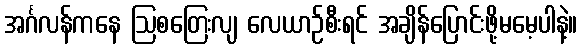
အင်္ဂလန်ကနေ ဩစတြေးလျ လေယာဉ်စီးရင် အချိန်ပြောင်းဖို့မမေ့ပါနဲ့။